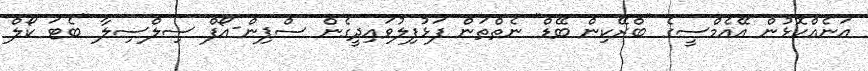
އަނެއްކޮޅުން އޭއެމްސީގެ "ބްރޭކިން ބޭޑް" ނެތްތަން ފަޅުފިލުވައިދީގެން ސްޕިން-އޯފް ސިލްސިލާ "ބެޓަ ކޯލް